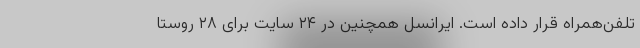
تلفن‌همراه قرار داده است. ایرانسل همچنین در ۲۴ سایت برای ۲۸ روستا